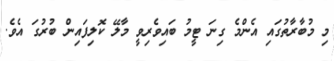
މި މުބާރާތުގައި އެންމެ ގިނަ ޓީމު ބައިވެރިވީ މާލޭ ކޮލިފައިން ބުރުގަ އެވެ.